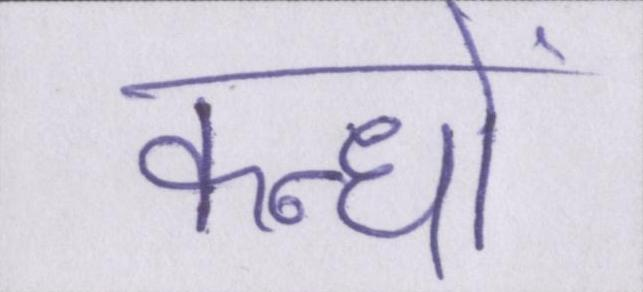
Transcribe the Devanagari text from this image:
कन्धों